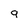
Character: 9